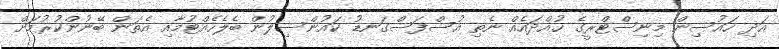
އަދި ހައުސިން މިނިސްޓްރީގެ ހުއްދައެއް ނެތި އުސްފަސްގަނޑު ކައުންސިލުން ބެލެހެއްޓުމާއި އެތަން ބޭނުންކުރުމަށް